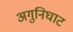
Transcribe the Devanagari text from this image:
अगुनिघाट